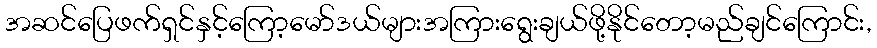
အဆင်ပြေဖက်ရှင်နှင့်ကြော့မော်ဒယ်များအကြားရွေးချယ်ဖို့နိုင်တော့မည်ချင်ကြောင်း,